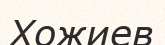
Хожиев